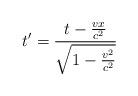
LaTeX: \begin{align*}t'=\frac{t-\frac{vx} {c^{2}}} {\sqrt{1-\frac{v^{2}} {c^{2}}}}\end{align*}